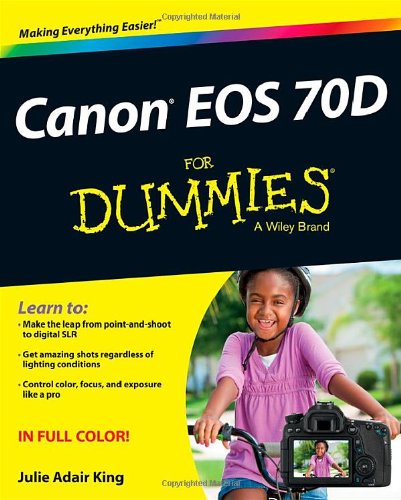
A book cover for Canon EOS 70D For Dummies; Julie Adair King; Arts & Photography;